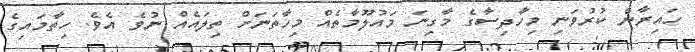
ހައިރާން ކުރުވަނި މިހާދިސާގެ މާގިނަ މައުލޫމާތެއް މިހާތަނަށް ތިލައެއް ނުވެ އެވެ. ހިތާމައިގެ